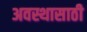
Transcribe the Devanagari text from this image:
अवस्थासाठी